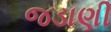
જડાણી